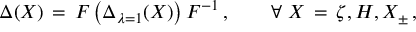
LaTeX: \Delta ( X ) \, = \, F \left( \Delta _ { \lambda = 1 } ( X ) \right) F ^ { - 1 } \, , \qquad \forall \, \, X \, = \, \zeta , H , X _ { \pm } \, ,